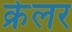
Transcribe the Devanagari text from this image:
क्रेलर